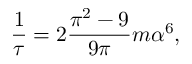
{ \frac { 1 } { \tau } } = 2 { \frac { \pi ^ { 2 } - 9 } { 9 \pi } } m \alpha ^ { 6 } ,